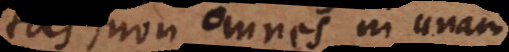
tas, non omnes in unam